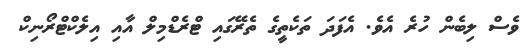
ވެސް ލިބެން ހުރެ އެވެ. އެފަދަ ތަކެތީގެ ތެރޭގައި ޓްރެޑްމިލް އާއި އިލެކްޓްރޯނިކް